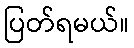
ပြတ်ရမယ်။